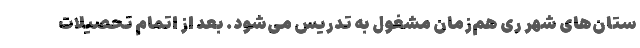
ستان‌های شهر ری هم‌زمان مشغول به تدریس می‌شود. بعد از اتمام تحصیلات